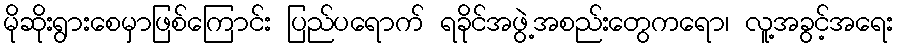
မိုဆိုးရွားစေမှာဖြစ်ကြောင်း ပြည်ပရောက် ရခိုင်အဖွဲ့အစည်းတွေကရော၊ လူ့အခွင့်အရေး